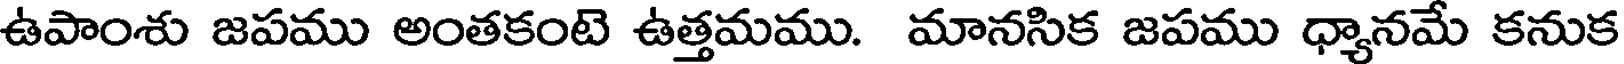
ఉపాంశు జపము అంతకంటె ఉత్తమము. మానసిక జపము ధ్యానమే కనుక